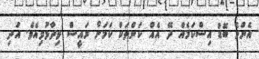
އެންމެ ބޮޑު އިސްކަމެއް ދޭ އެއް ކަންތަކް ކަމަށް ރައީސް ވިދާޅުވިއެވެ. އަދި